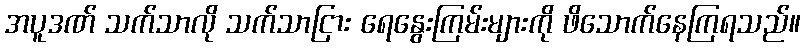
အပူဒဏ် သက်သာလို သက်သာငြား ရေနွေးကြမ်းများကို ဖိသောက်နေကြရသည်။